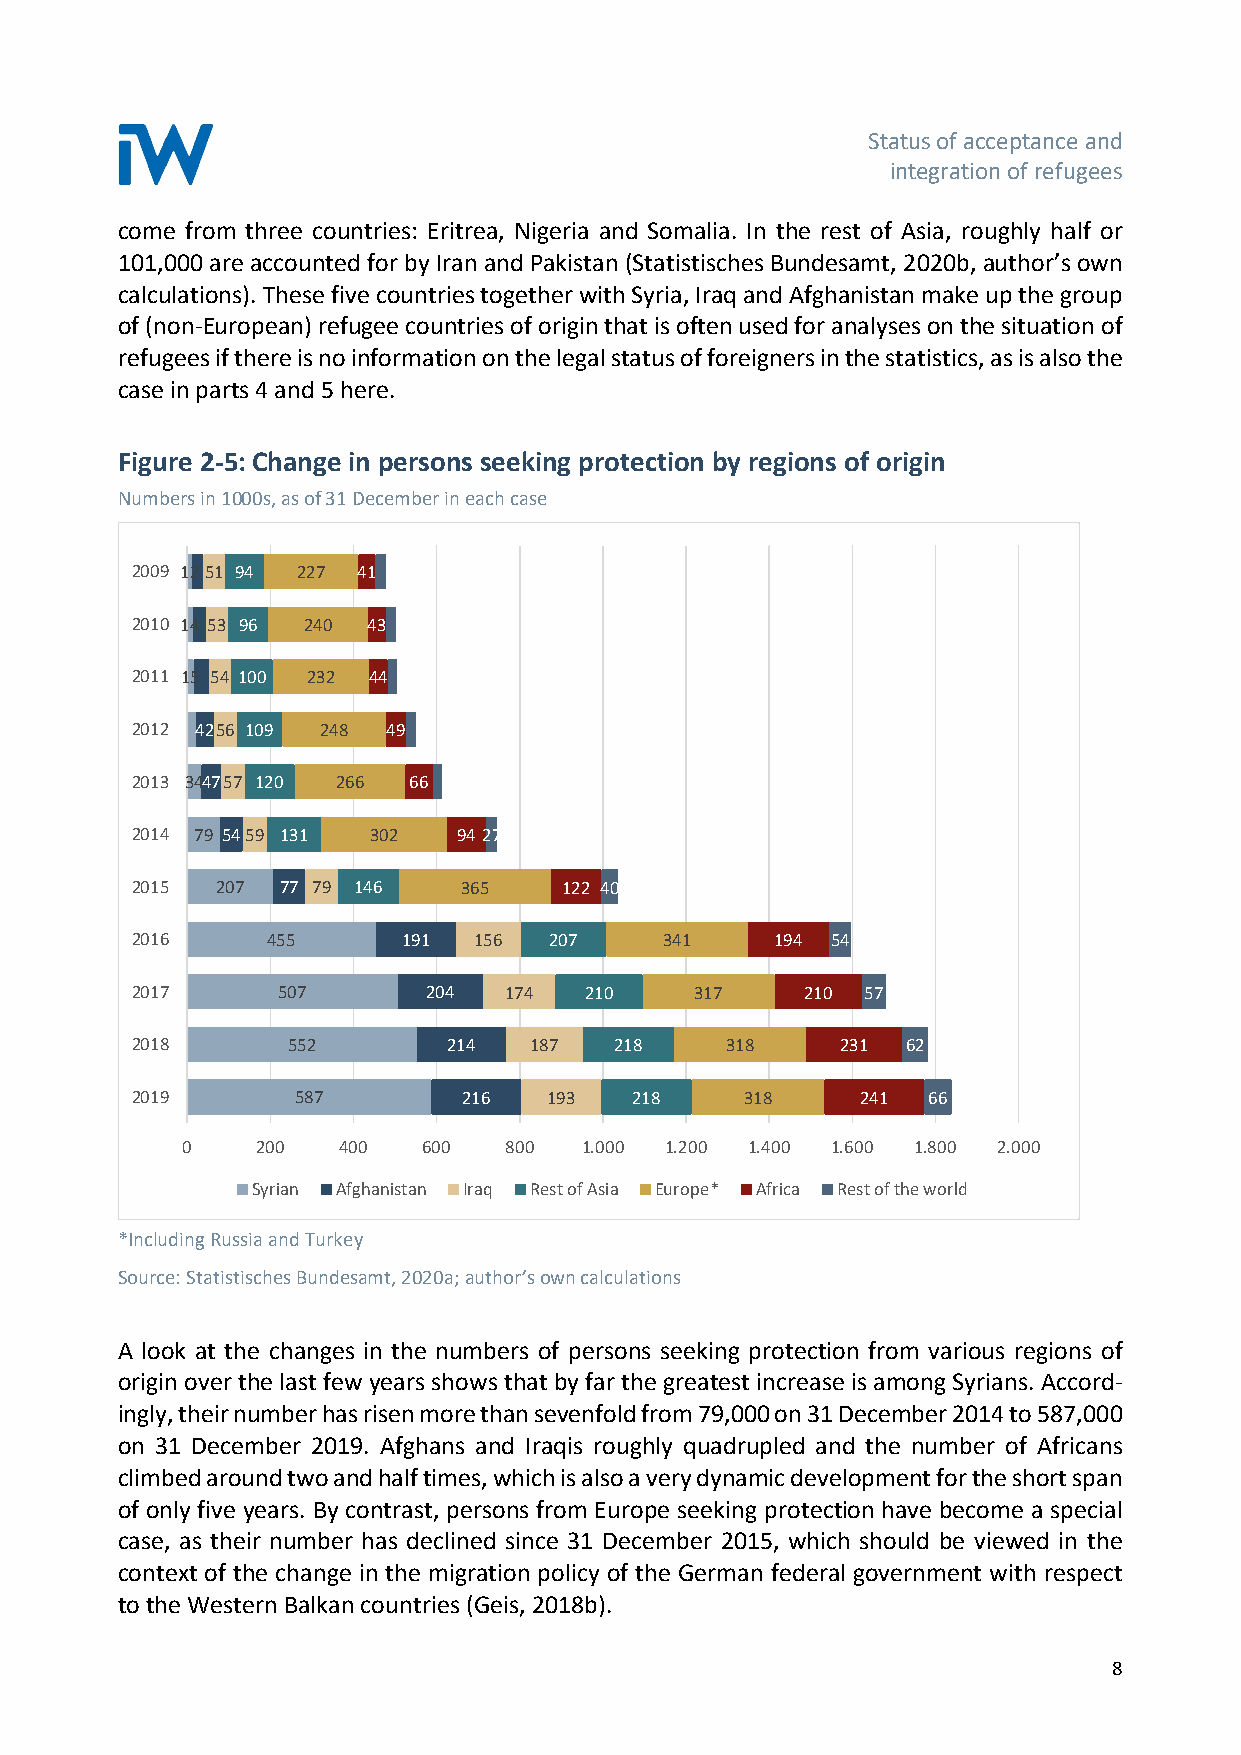
Status of acceptance and
 integration of refugees
 come from three countries: Eritrea, Nigeria and Somalia. In the rest of Asia, roughly half or
 101,000 are accounted for by Iran and Pakistan (Statistisches Bundesamt, 2020b, author’s own
 calculations). These five countries together with Syria, Iraq and Afghanistan make up the group
 of (non-European) refugee countries of origin that is often used for analyses on the situation of
 refugees if there is no information on the legal status of foreigners in the statistics, as is also the
 case in parts 4 and 5 here.
 Figure 2-5: Change in persons seeking protection by regions of origin
 Numbers in 1000s, as of 31 December in each case
 2009 1251 94 227 41
 2010 14 53 96 240 43
 2011 15 54 100 232 44
 2012 4256 109 248 49
 2013 344757 120 266 66
 2014 79 5459 131 302 94 27
 2015 207  77 79 146  365    122 40
 2016     455      191 156  207     341    194 54
 2017     507       204  174   210    317    210 57
 2018      552        214  187   218    318     231 62
 2019       587        216  193   218    318     241 66
 0    200  400   600  800  1.000 1.200 1.400 1.600 1.800 2.000
 Syrian Afghanistan Iraq Rest of Asia Europe* Africa Rest of the world
 *Including Russia and Turkey
 Source: Statistisches Bundesamt, 2020a; author’s own calculations
 A look at the changes in the numbers of persons seeking protection from various regions of
 origin over the last few years shows that by far the greatest increase is among Syrians. Accord-
 ingly, their number has risen more than sevenfold from 79,000 on 31 December 2014 to 587,000
 on 31 December 2019. Afghans and Iraqis roughly quadrupled and the number of Africans
 climbed around two and half times, which is also a very dynamic development for the short span
 of only five years. By contrast, persons from Europe seeking protection have become a special
 case, as their number has declined since 31 December 2015, which should be viewed in the
 context of the change in the migration policy of the German federal government with respect
 to the Western Balkan countries (Geis, 2018b).
 8